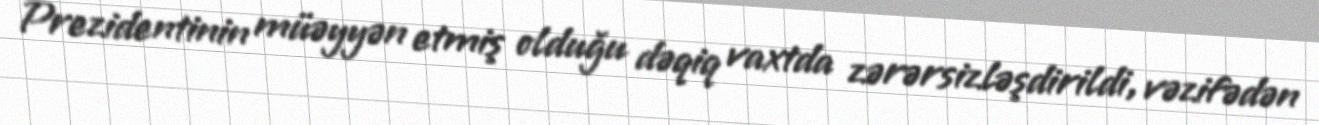
Prezidentinin müəyyən etmiş olduğu dəqiq vaxtda zərərsizləşdirildi, vəzifədən